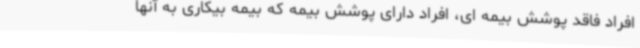
افراد فاقد پوشش بیمه ای، افراد دارای پوشش بیمه که بیمه بیکاری به آنها